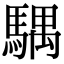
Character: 𩤛